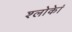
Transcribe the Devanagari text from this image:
श्लोकेां